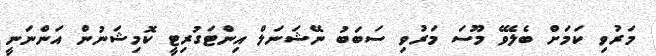
މަރުވި ކަމަށް ބެލެވޭ މޫސަ މަރުވި ސަބަބު ނޭޝަނަލް އިންޓަގުރިޓީ ކޮމިޝަނުން އަންނަނީ